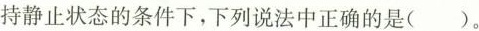
持静止状态的条件下，下列说法中正确的是()。